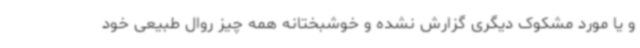
و یا مورد مشکوک دیگری گزارش نشده و خوشبختانه همه چیز روال طبیعی خود